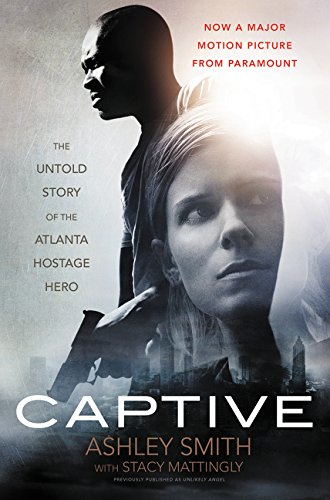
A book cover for Captive: The Untold Story of the Atlanta Hostage Hero; Ashley Smith; Biographies & Memoirs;